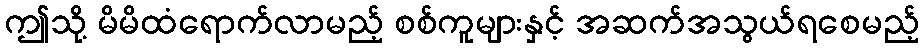
ဤသို့ မိမိထံရောက်လာမည့် စစ်ကူများနှင့် အဆက်အသွယ်ရစေမည့်